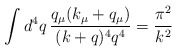
\begin{align*}\int d^4q\,\frac{q_\mu (k_\mu+q_\mu)}{(k+q)^4 q^4} = \frac{\pi^2}{k^2}\end{align*}